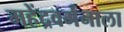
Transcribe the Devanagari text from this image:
महेंद्रवर्मनाला